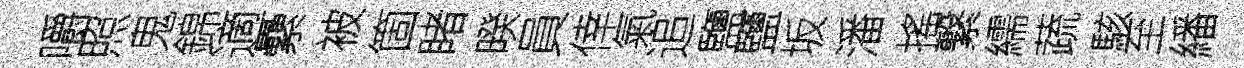
嚼照鬼錦適纍被箇睹暌員倖氣追鹽鹽坂潘搖繋繻蔬駭至繙